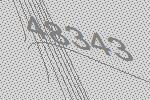
48343